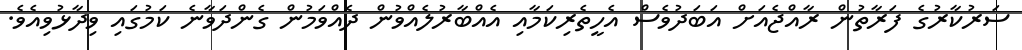
ސަރުކާރުގެ ފަރާތުން ރާއްޖެއަށް އަބަދުވެސް އެހީތެރިކަމާއި އެއްބާރުލެއްވުން ދެއްވަމުން ގެންދަވާނެ ކަމުގައި ވިދާޅުވިއެވެ.